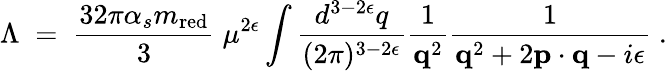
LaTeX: \Lambda\; =\; {\frac{32\pi\alpha_{s}m_{\mathrm{red}}}{3}}\; \mu^{2\epsilon}\int{\frac{d^{3-2\epsilon}q}{(2\pi)^{3-2\epsilon}}}{\frac{1}{{\mathbf q}^{2}}}{\frac{1}{{\mathbf q}^{2}+2{\mathbf p}\cdot{\mathbf q}-i\epsilon}}\; .